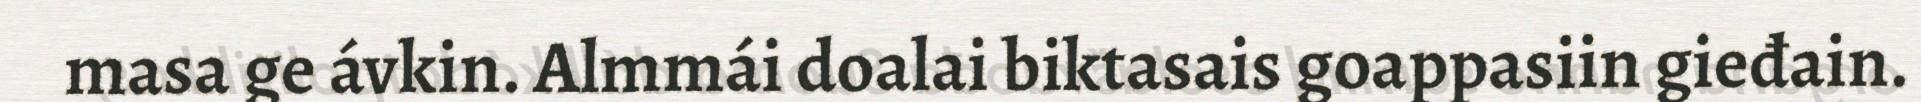
masa ge ávkin. Almmái doalai biktasais goappasiin gieđain.